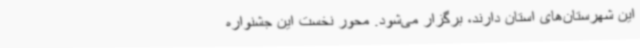
این شهرستان‌های استان دارند، برگزار می‌شود. محور نخست این جشنواره